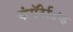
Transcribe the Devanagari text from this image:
कंपॅरेटिव्ह